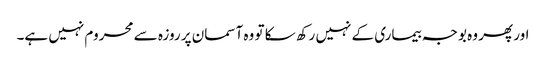
اور پھر وہ بوجہ بیماری کے نہیں رکھ سکا تو وہ آسمان پر روزہ سے محروم نہیں ہے۔